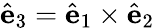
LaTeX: \hat{\textbf{e}}_{3}=\hat{\textbf{e}}_{1}\times\hat{\textbf{e}}_{2}